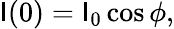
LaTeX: \mathsf{I}(0)=\mathsf{I}_{0}\cos\phi,